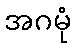
အဂမုံ